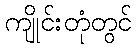
ကျိုင်းတုံတွင်